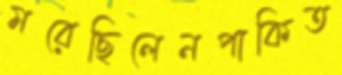
মরেছিলেনপাকিত